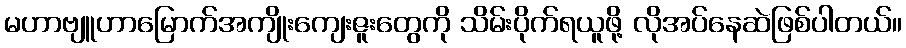
မဟာဗျူဟာမြောက်အကျိုးကျေးဇူးတွေကို သိမ်းပိုက်ရယူဖို့ လိုအပ်နေဆဲဖြစ်ပါတယ်။